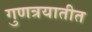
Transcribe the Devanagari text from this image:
गुणत्रयातीत